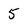
Character: 5